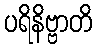
ပရိနိဗ္ဗာတိ